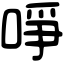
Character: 𠲜